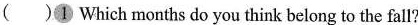
( )① Which months do you think belong to the fall?